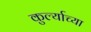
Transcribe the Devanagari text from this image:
कुर्ल्याच्या